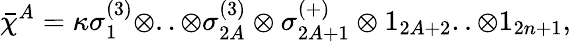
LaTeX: \bar{\chi}^{A}=\kappa\sigma_{1}^{(3)}\otimes..\otimes\sigma_{2A}^{(3)}\otimes\sigma_{2A+1}^{(+)}\otimes 1_{2A+2}..\otimes 1_{2n+1},